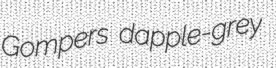
Gompers dapple-grey